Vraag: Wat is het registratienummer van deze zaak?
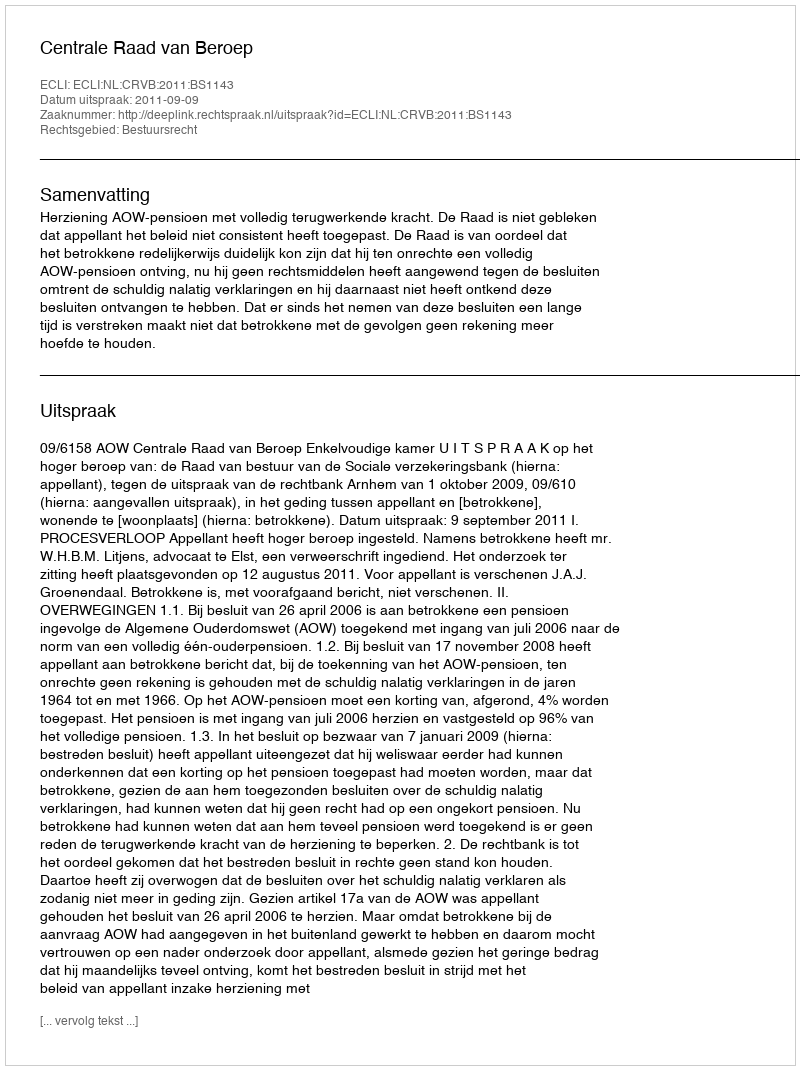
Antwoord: http://deeplink.rechtspraak.nl/uitspraak?id=ECLI:NL:CRVB:2011:BS1143